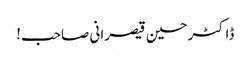
ڈاکٹر حسین قیصرانی صاحب!